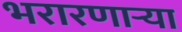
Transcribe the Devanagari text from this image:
भरारणाऱ्या